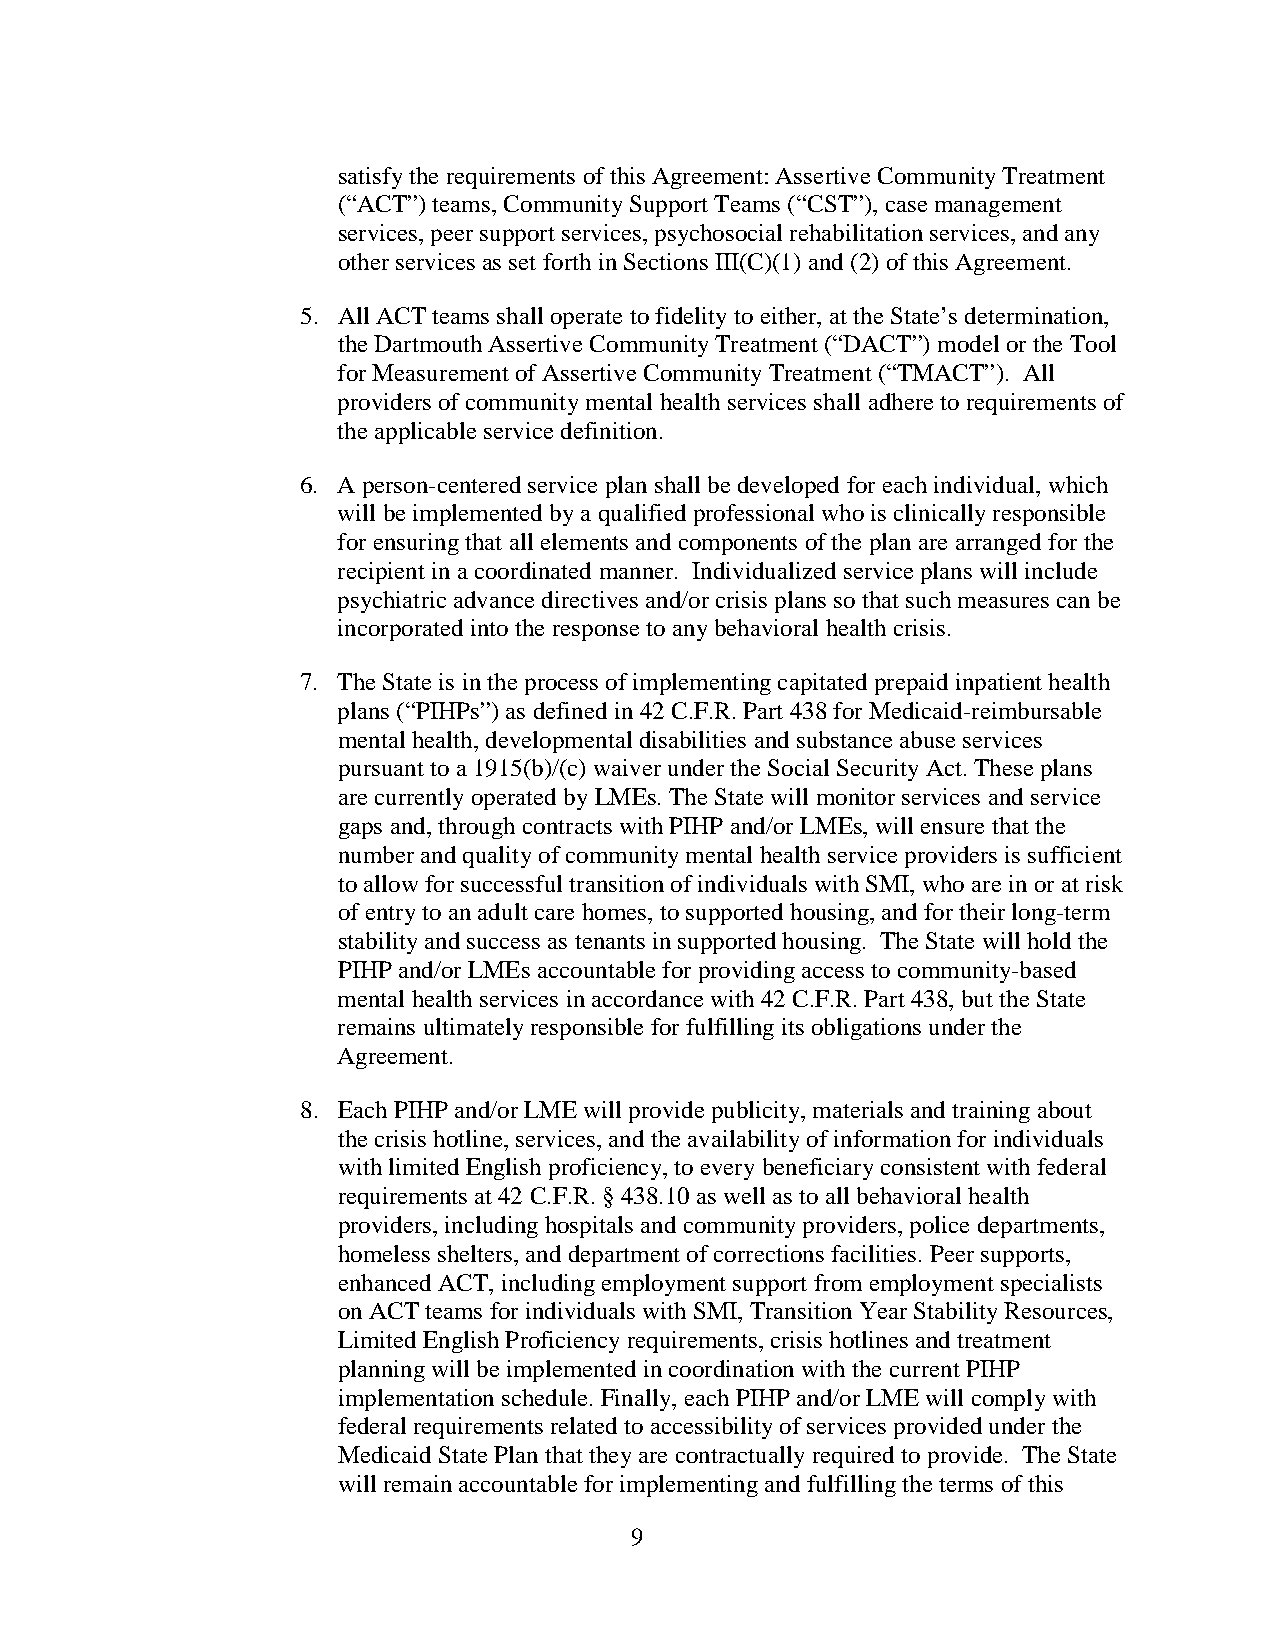
satisfy the requirements of this Agreement: Assertive Community Treatment
 (“ACT”) teams, Community Support Teams (“CST”), case management
 services, peer support services, psychosocial rehabilitation services, and any
 other services as set forth in Sections III(C)(1) and (2) of this Agreement.
 5. All ACT teams shall operate to fidelity to either, at the State’s determination,
 the Dartmouth Assertive Community Treatment (“DACT”) model or the Tool
 for Measurement of Assertive Community Treatment (“TMACT”). All
 providers of community mental health services shall adhere to requirements of
 the applicable service definition.
 6. A person-centered service plan shall be developed for each individual, which
 will be implemented by a qualified professional who is clinically responsible
 for ensuring that all elements and components of the plan are arranged for the
 recipient in a coordinated manner. Individualized service plans will include
 psychiatric advance directives and/or crisis plans so that such measures can be
 incorporated into the response to any behavioral health crisis.
 7. The State is in the process of implementing capitated prepaid inpatient health
 plans (“PIHPs”) as defined in 42 C.F.R. Part 438 for Medicaid-reimbursable
 mental health, developmental disabilities and substance abuse services
 pursuant to a 1915(b)/(c) waiver under the Social Security Act. These plans
 are currently operated by LMEs. The State will monitor services and service
 gaps and, through contracts with PIHP and/or LMEs, will ensure that the
 number and quality of community mental health service providers is sufficient
 to allow for successful transition of individuals with SMI, who are in or at risk
 of entry to an adult care homes, to supported housing, and for their long-term
 stability and success as tenants in supported housing. The State will hold the
 PIHP and/or LMEs accountable for providing access to community-based
 mental health services in accordance with 42 C.F.R. Part 438, but the State
 remains ultimately responsible for fulfilling its obligations under the
 Agreement.
 8. Each PIHP and/or LME will provide publicity, materials and training about
 the crisis hotline, services, and the availability of information for individuals
 with limited English proficiency, to every beneficiary consistent with federal
 requirements at 42 C.F.R. § 438.10 as well as to all behavioral health
 providers, including hospitals and community providers, police departments,
 homeless shelters, and department of corrections facilities. Peer supports,
 enhanced ACT, including employment support from employment specialists
 on ACT teams for individuals with SMI, Transition Year Stability Resources,
 Limited English Proficiency requirements, crisis hotlines and treatment
 planning will be implemented in coordination with the current PIHP
 implementation schedule. Finally, each PIHP and/or LME will comply with
 federal requirements related to accessibility of services provided under the
 Medicaid State Plan that they are contractually required to provide. The State
 will remain accountable for implementing and fulfilling the terms of this
 9